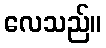
လေသည်။